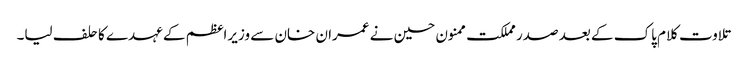
تلاوت کلام پاک کے بعد صدر مملکت ممنون حسین نے عمران خان سے وزیراعظم کے عہدے کا حلف لیا۔